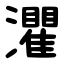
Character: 灈